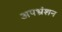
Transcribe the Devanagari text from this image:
अपभ्रंशन